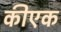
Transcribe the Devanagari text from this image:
कीएक